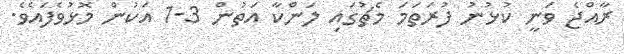
ރާއްޖެ ވަނީ ކުޅުނު ފުރަތަމަ މެޗުގައި ލަންކާ އަތުން 3-1 އަކުން މޮޅުވެފައެވެ.